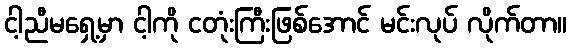
ငါ့ညီမရှေ့မှာ ငါ့ကို ငတုံးကြီးဖြစ်အောင် မင်းလုပ် လိုက်တာ။